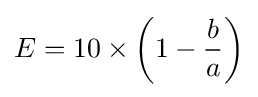
E=10\times \left(1-{\frac {b}{a}}\right)